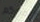
لحضوركم